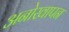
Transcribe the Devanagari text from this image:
अनोखापन